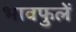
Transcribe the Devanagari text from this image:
भावफुलें